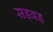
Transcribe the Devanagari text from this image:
सड़बड़